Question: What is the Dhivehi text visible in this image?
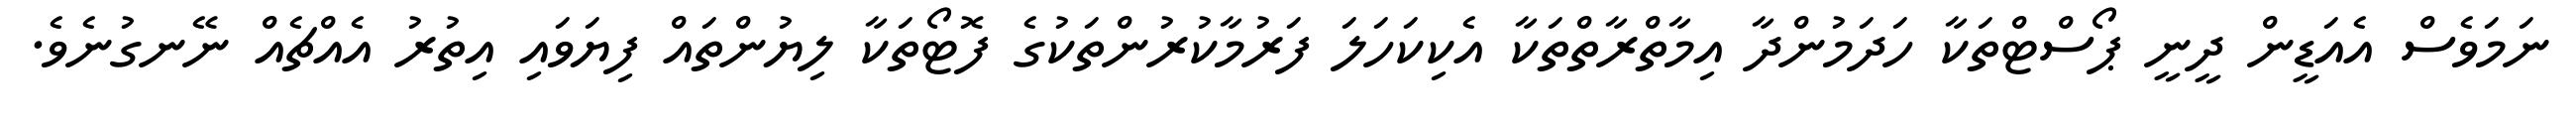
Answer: ނަމަވެސް އެއަޑީން ދީނީ ޕޯސްޓްތަކާ ހަދަމުންދާ އިމާތްރާތްތަކާ އެކިކަހަލަ ފަރުމާކުރުންތަކުގެ ފޮޓޯތަކާ ލިޔުންތައް ފިޔަވައި އިތުރު އެއްޗެއް ނޭނގުނެވެ.